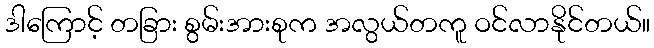
ဒါကြောင့် တခြား စွမ်းအားစုက အလွယ်တကူ ဝင်လာနိုင်တယ်။